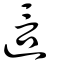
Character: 這